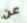
عن